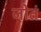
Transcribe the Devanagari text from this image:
जोतं